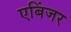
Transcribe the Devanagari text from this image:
एबिंजर